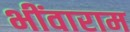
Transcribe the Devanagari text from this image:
भींवाराम